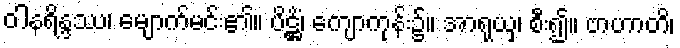
ဝါနရိန္ဒဿ၊ မျောက်မင်း၏။ ပိဋ္ဌိံ၊ ကျောကုန်း၌။ အာရုယှ၊ စီး၍။ ဗာဟာတိ၊